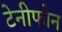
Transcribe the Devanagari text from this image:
टेनीफोन